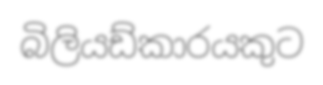
බිලියඩ්කාරයකුට